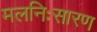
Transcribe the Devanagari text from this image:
मलनिःसारण